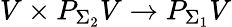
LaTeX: V\times P_{\Sigma_{2}}V\to P_{\Sigma_{1}}V